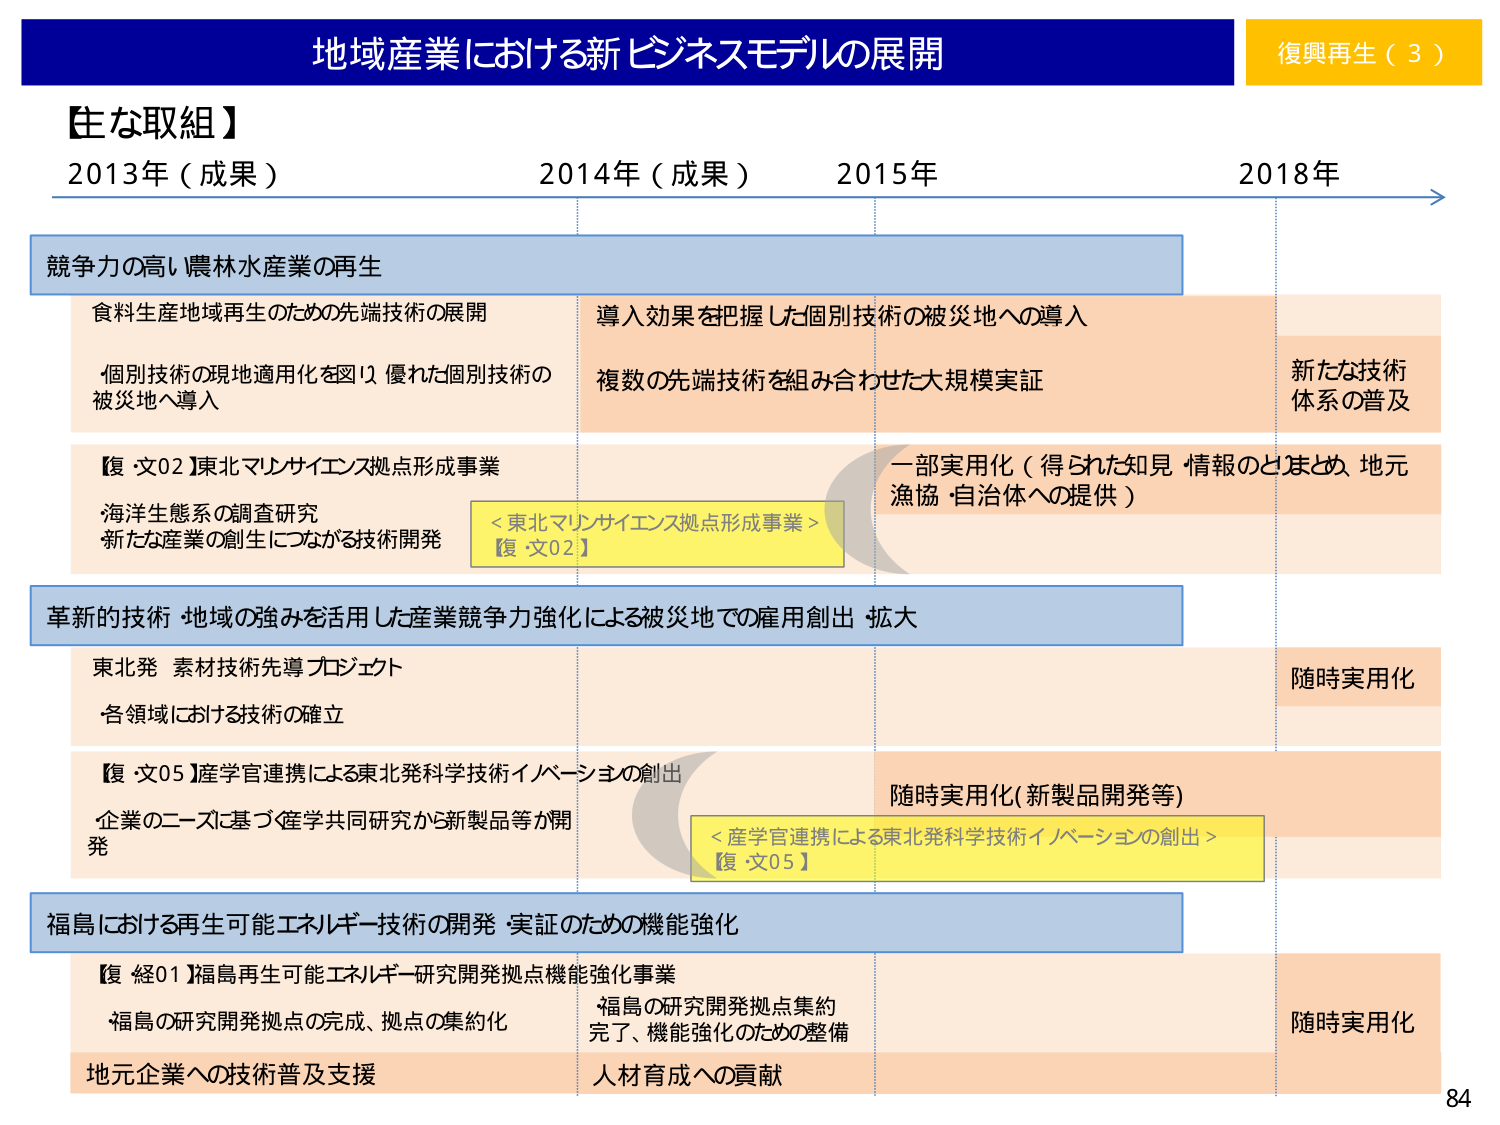
地域産業における新ビジネスモデルの展開
復興再生（３）

【主な取組】
2013年（成果）　2014年（成果）　2015年　2018年

競争力の高い農林水産業の再生
　食料生産地域再生のための先端技術の展開
　個別技術の現地適用化を図り、優れた個別技術の
　被災地へ導入
　導入効果を把握した個別技術の被災地への導入
　複数の先端技術を組み合わせた大規模実証
　新たな技術
　体系の普及

【復・文02】東北マリンサイエンス拠点形成事業
　海洋生態系の調査研究
　新たな産業の創生につながる技術開発
　<東北マリンサイエンス拠点形成事業>
　【復・文02】
　一部実用化（得られた知見・情報のとりまとめ、地元
　漁協・自治体への提供）

革新的技術・地域の強みを活用した産業競争力強化による被災地での雇用創出・拡大
　東北発 素材技術先導プロジェクト
　各領域における技術の確立
　随時実用化

【復・文05】産学官連携による東北発科学技術イノベーションの創出
　企業のニーズに基づく産学共同研究から新製品等の開発
　<産学官連携による東北発科学技術イノベーションの創出>
　【復・文05】
　随時実用化（新製品開発等）

福島における再生可能エネルギー技術の開発・実証のための機能強化
　【復・経01】福島再生可能エネルギー研究開発拠点機能強化事業
　・福島の研究開発拠点の完成、拠点の集約化
　・福島の研究開発拠点集約
　　完了、機能強化のための整備
　地元企業への技術普及支援
　人材育成への貢献
　随時実用化

84